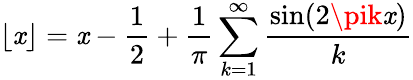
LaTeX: \lfloor\mathit{x}\rfloor=\mathit{x}-{\frac{{1}}{{2}}}+{\frac{{1}}{{\pi}}}\sum_{k=1}^{\infty}{\frac{{\sin(2\pik\mathit{x})}}{{k}}}